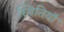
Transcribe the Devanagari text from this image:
स्थितियॉ